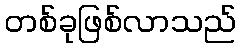
တစ်ခုဖြစ်လာသည်